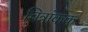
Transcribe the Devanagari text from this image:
चित्रांकक